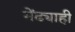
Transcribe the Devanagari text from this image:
मेंढ्याही